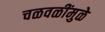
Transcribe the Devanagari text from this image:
चळवळींमुळे